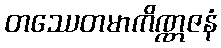
တဿေတမာကိဏ္ဏဇနံ